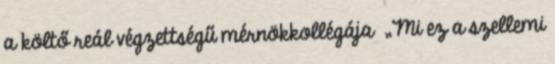
a költő reál végzettségű mérnökkollégája „Mi ez a szellemi